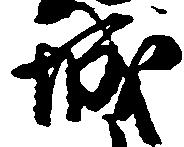
城